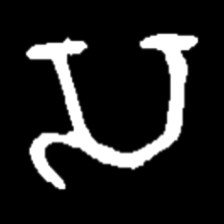
Pyu character \u2014 Myanmar letter: သ (romanized: sa)